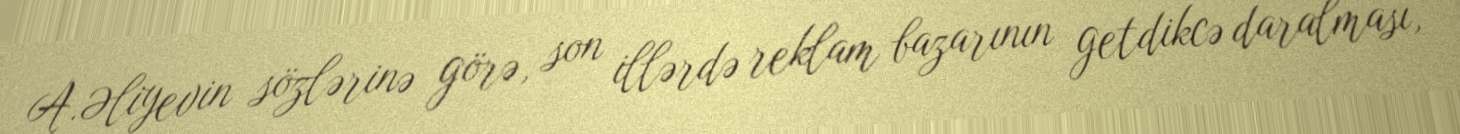
A.Əliyevin sözlərinə görə, son illərdə reklam bazarının getdikcə daralması,